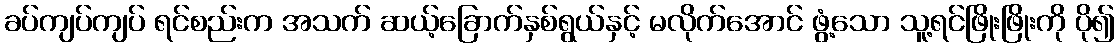
ခပ်ကျပ်ကျပ် ရင်စည်းက အသက် ဆယ့်ခြောက်နှစ်ရွယ်နှင့် မလိုက်အောင် ဖွံ့သော သူ့ရင်ဖြိုးဖြိုးကို ပို၍